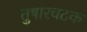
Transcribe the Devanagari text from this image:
तुषारचटक